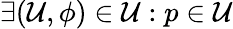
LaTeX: \exists(\mathcal{U},\phi)\in{\mathfrak{{\mathcal{U}}}}:p\in\mathcal{U}